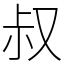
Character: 叔